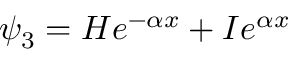
\psi _ { 3 } = H e ^ { - \alpha x } + I e ^ { \alpha x } \,